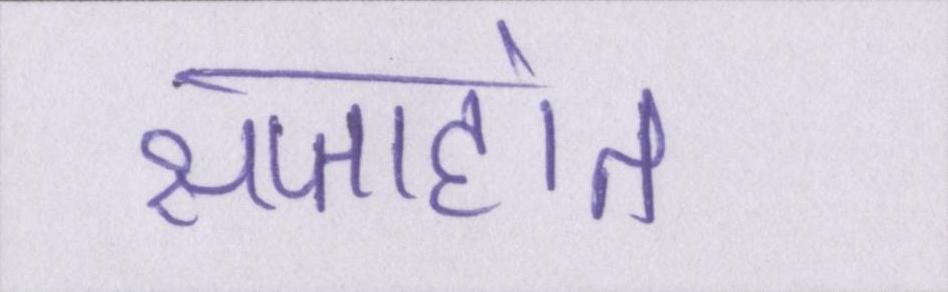
सप्ताहांत